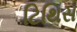
ટિથિસ